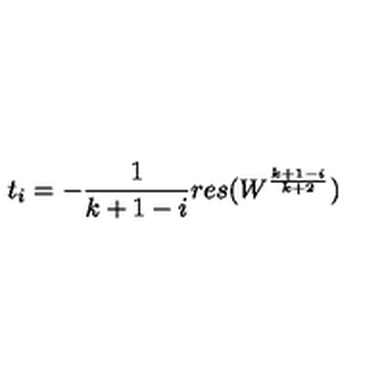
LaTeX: t _ { i } = - \frac { 1 } { k + 1 - i } r e s ( W ^ { \frac { k + 1 - i } { k + 2 } } )